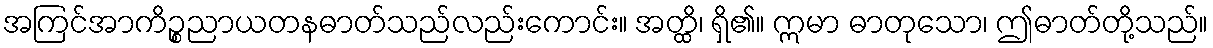
အကြင်အာကိဉ္စညာယတနဓာတ်သည်လည်းကောင်း။ အတ္ထိ၊ ရှိ၏။ ဣမာ ဓာတုသော၊ ဤဓာတ်တို့သည်။